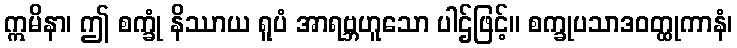
ဣမိနာ၊ ဤ စက္ခုံ နိဿာယ ရူပံ အာရဗ္ဘဟူသော ပါဌ်ဖြင့်။ စက္ခုပသာဒဝတ္ထုကာနံ၊